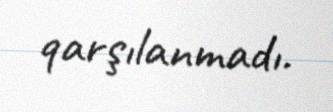
qarşılanmadı.